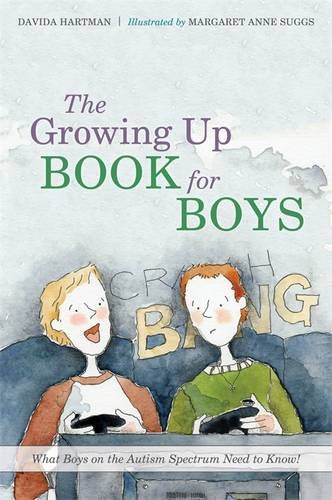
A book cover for The Growing Up Book for Boys: What Boys on the Autism Spectrum Need to Know!; Davida Hartman; Teen & Young Adult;